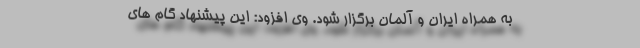
به همراه ایران و آلمان برگزار شود. وی افزود: این پیشنهاد گام های